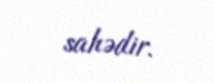
sahədir.